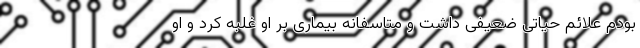
بودم علائم حیاتی ضعیفی داشت و متاسفانه بیماری بر او غلبه کرد و او